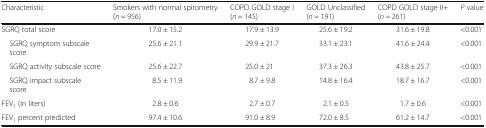
<table><thead><tr><td><b>Characteristic</b></td><td><b>Smokers with normal spirometry (<i>n</i> = 956)</b></td><td><b>COPD GOLD stage I (<i>n</i> = 145)</b></td><td><b>GOLD Unclassified (<i>n</i> = 191)</b></td><td><b>COPD GOLD stage II+ (<i>n</i> = 261)</b></td><td><b><i>P</i> value</b></td></tr></thead><tbody><tr><td>SGRQ total score</td><td>17.0 ± 15.2</td><td>17.9 ± 13.9</td><td>25.6 ± 19.2</td><td>31.6 ± 19.8</td><td>&lt;0.001</td></tr><tr><td> SGRQ symptom subscale score</td><td>25.6 ± 21.1</td><td>29.9 ± 21.7</td><td>33.1 ± 23.1</td><td>41.6 ± 24.4</td><td>&lt;0.001</td></tr><tr><td> SGRQ activity subscale score</td><td>25.6 ± 22.7</td><td>25.0 ± 21</td><td>37.3 ± 26.3</td><td>43.8 ± 25.7</td><td>&lt;0.001</td></tr><tr><td> SGRQ impact subscale score</td><td>8.5 ± 11.9</td><td>8.7 ± 9.8</td><td>14.8 ± 16.4</td><td>18.7 ± 16.7</td><td>&lt;0.001</td></tr><tr><td>FEV<sub>1</sub> (in liters)</td><td>2.8 ± 0.6</td><td>2.7 ± 0.7</td><td>2.1 ± 0.5</td><td>1.7 ± 0.6</td><td>&lt;0.001</td></tr><tr><td>FEV<sub>1</sub> percent predicted</td><td>97.4 ± 10.6</td><td>91.0 ± 8.9</td><td>72.0 ± 8.5</td><td>61.2 ± 14.7</td><td>&lt;0.001</td></tr></tbody></table>